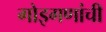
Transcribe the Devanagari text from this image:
गोइगणांची